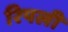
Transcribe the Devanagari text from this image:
रिपली